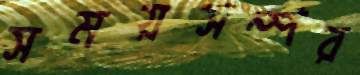
সময়সম্পর